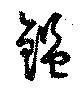
鑑